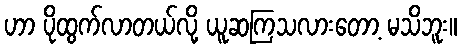
ဟာ ပိုထွက်လာတယ်လို့ ယူဆကြသလားတော့ မသိဘူး။